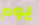
يوم